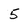
Character: 5